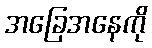
အခြေအနေကို